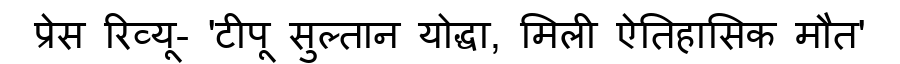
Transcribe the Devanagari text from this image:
प्रेस रिव्यू- 'टीपू सुल्तान योद्धा, मिली ऐतिहासिक मौत'